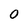
Character: 0